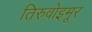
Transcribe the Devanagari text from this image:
तिरुवोइमूर